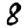
Digit: 8